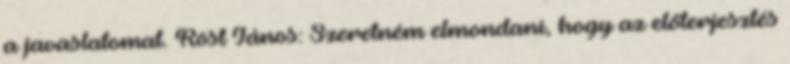
a javaslatomat. Röst János: Szeretném elmondani, hogy az előterjesztés